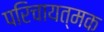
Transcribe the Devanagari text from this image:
परिचायत्मक